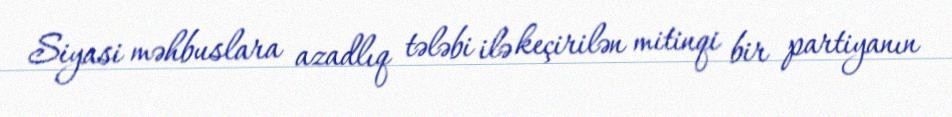
Siyasi məhbuslara azadlıq tələbi ilə keçirilən mitinqi bir partiyanın